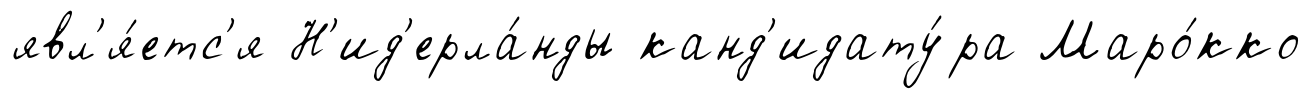
явл'я́етс'я Н'ид'ерла́нды канд'идату́ра Маро́кко